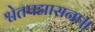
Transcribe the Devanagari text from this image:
श्वेतपद्मासना॥